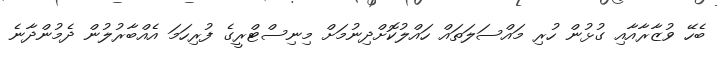
ބެހޭ ވުޒާރާއާއި ގުޅުން ހުރި މައްސަލަތައް ހައްލުކޮށްދިނުމަށް މިނިސްޓްރީގެ ފުރިހަމަ އެއްބާރުލުން ދެމުންދާނެ